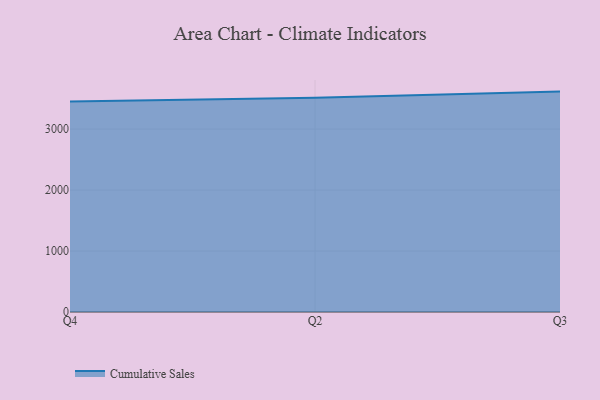
{"axis": {"x": "Quarter", "y": "Active Users"}, "legend": ["Cumulative Sales"], "data": [{"x": "Q4", "y": 3452.0, "type": "Cumulative Sales"}, {"x": "Q2", "y": 3514.9, "type": "Cumulative Sales"}, {"x": "Q3", "y": 3614.9, "type": "Cumulative Sales"}]}